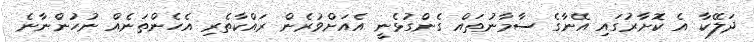
ދަލޭކާ އެ ކޮށާރުގައި އޭނާގެ ސާމާނުތައް ގެންގުޅެނީ އެއަށްވުރެން ރައްކާތެރި އެހެންތަނެއް ނުހުންނާނެ